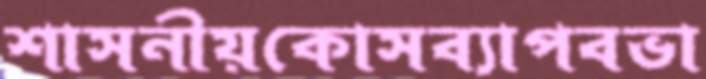
শাসনীয়কোসব্যাপবভা